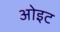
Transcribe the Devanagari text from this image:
ओइट